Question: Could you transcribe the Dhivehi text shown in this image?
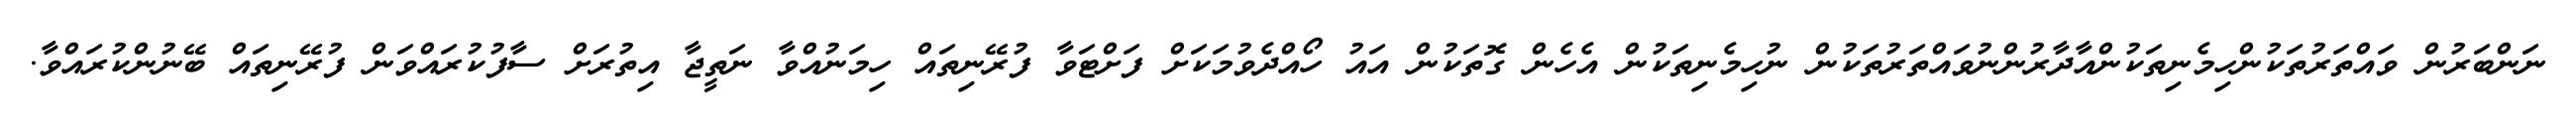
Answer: ނަންބަރުން ވައްތަރުތަކުންހިމެނިތަކުންއާދާރުންނުވައްތަރުތަކުން ނުހިމެނިތަކުން އެހެން ގޮތަކުން އައު ހޯއްދެވުމަކަށް ފަށްޓަވާ ފުރޭނިތައް ހިމަނުއްވާ ނަތީޖާ އިތުރަށް ސާފުކުރައްވަން ފުރޭނިތައް ބޭނުންކުރައްވާ.